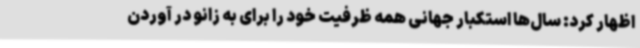
اظهار کرد: سال‌ها استکبار جهانی همه ظرفیت خود را برای به زانو در آوردن